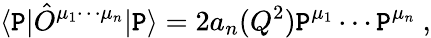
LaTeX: \langle\mathtt{P}|\hat{{O}}^{\mu_{1}\cdots\mu_{n}}|\mathtt{P}\rangle=2a_{n}(Q^{2})\mathtt{P}^{\mu_{1}}\cdots\mathtt{P}^{\mu_{n}}\ ,